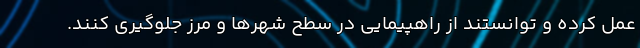
عمل کرده و توانستند از راهپیمایی در سطح شهرها و مرز جلوگیری کنند.